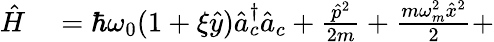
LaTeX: \begin{array}{rl}{\hat{H}}&{{}=\hbar\omega_{0}(1+\xi\hat{y})\hat{a}_{c}^{\dagger}\hat{a}_{c}+\frac{\hat{p}^{2}}{2m}+\frac{m\omega_{m}^{2}\hat{x}^{2}}{2}+}\end{array}